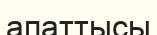
апаттысы